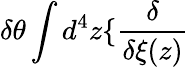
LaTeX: \delta\theta\int d^{4}z\{ \frac{\delta}{\delta\xi(z)}